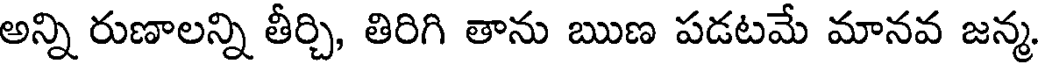
అన్ని రుణాలన్ని తీర్చి, తిరిగి తాను ఋణ పడటమే మానవ జన్మ